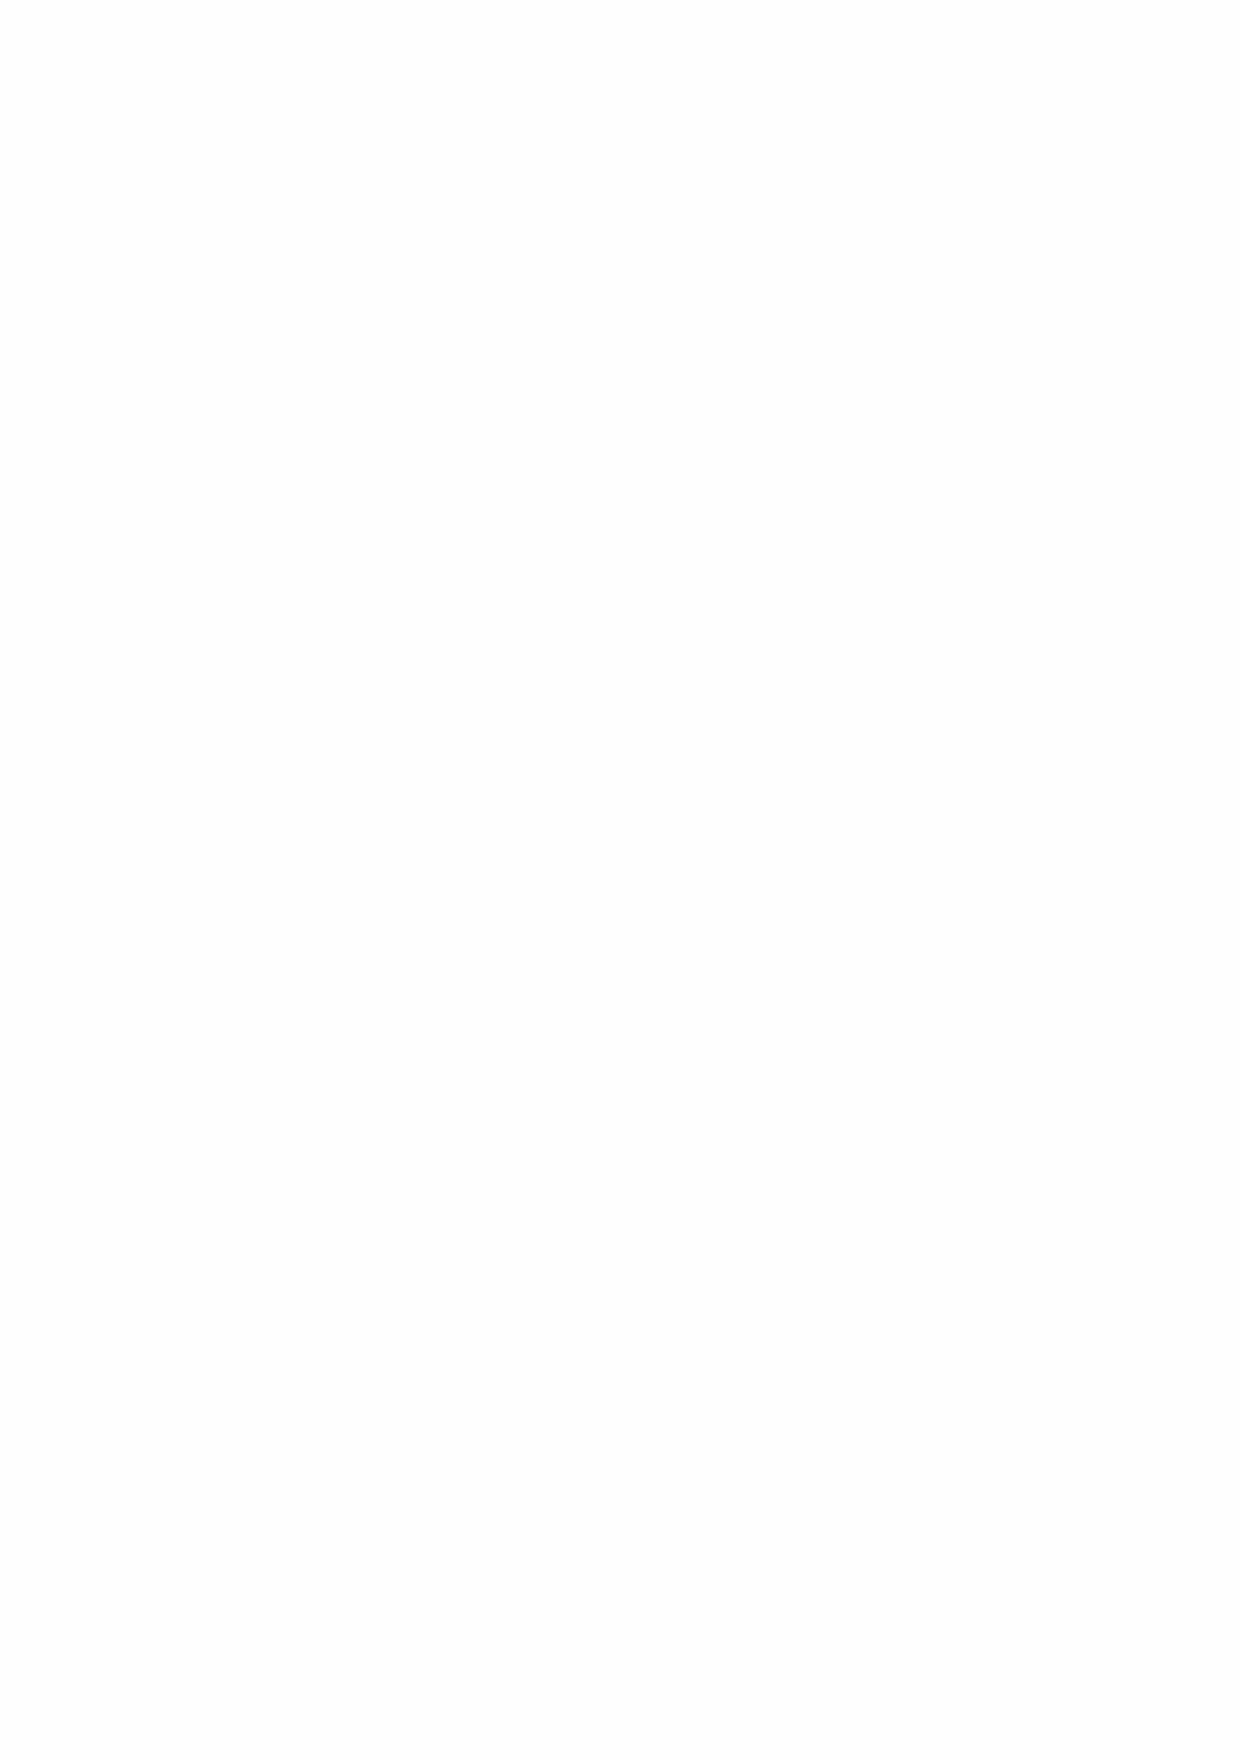
2020      12
 برمسيد  ددعلا - سمالخا ماعلا - ةنراقلما تاساردلا ليج ةلمج - يملعلا ثحبلا ليج زكرم
 10
 0
 1